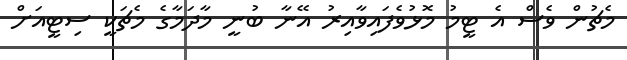
މެޗުން ވެސް އެ ޓީމު މޮޅުވެފައިވާއިރު އޭނާ ބުނީ މާދަމާގެ މެޗަކީ ސިޓީއަށް